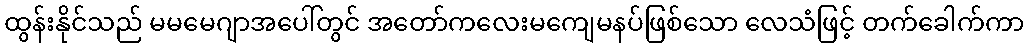
ထွန်းနိုင်သည် မမမေဂျာအပေါ်တွင် အတော်ကလေးမကျေမနပ်ဖြစ်သော လေသံဖြင့် တက်ခေါက်ကာ